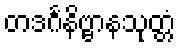
တဒင်္ဂနိဗ္ဗာနသုတ္တံ